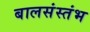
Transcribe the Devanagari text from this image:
बालसंस्तंभ